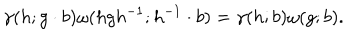
LaTeX: \gamma ( h ; g \cdot b ) \omega ( h g h ^ { - 1 } ; h ^ { - 1 } \cdot b ) = \gamma ( h ; b ) \omega ( g ; b ) .